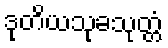
ဒုတိယသုခသုတ္တံ